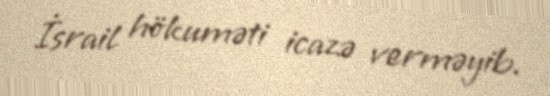
İsrail hökuməti icazə verməyib.